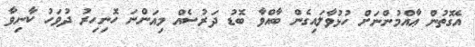
އެގޮތުން ޢާއްމުންނަށް ހުޅުވާލައިގެން ބާއްވާ ބޮޑު ދަރުސެއް މިއަންނަ ހޮނިހިރު ދުވަހު ކާނިވާ